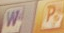
W P